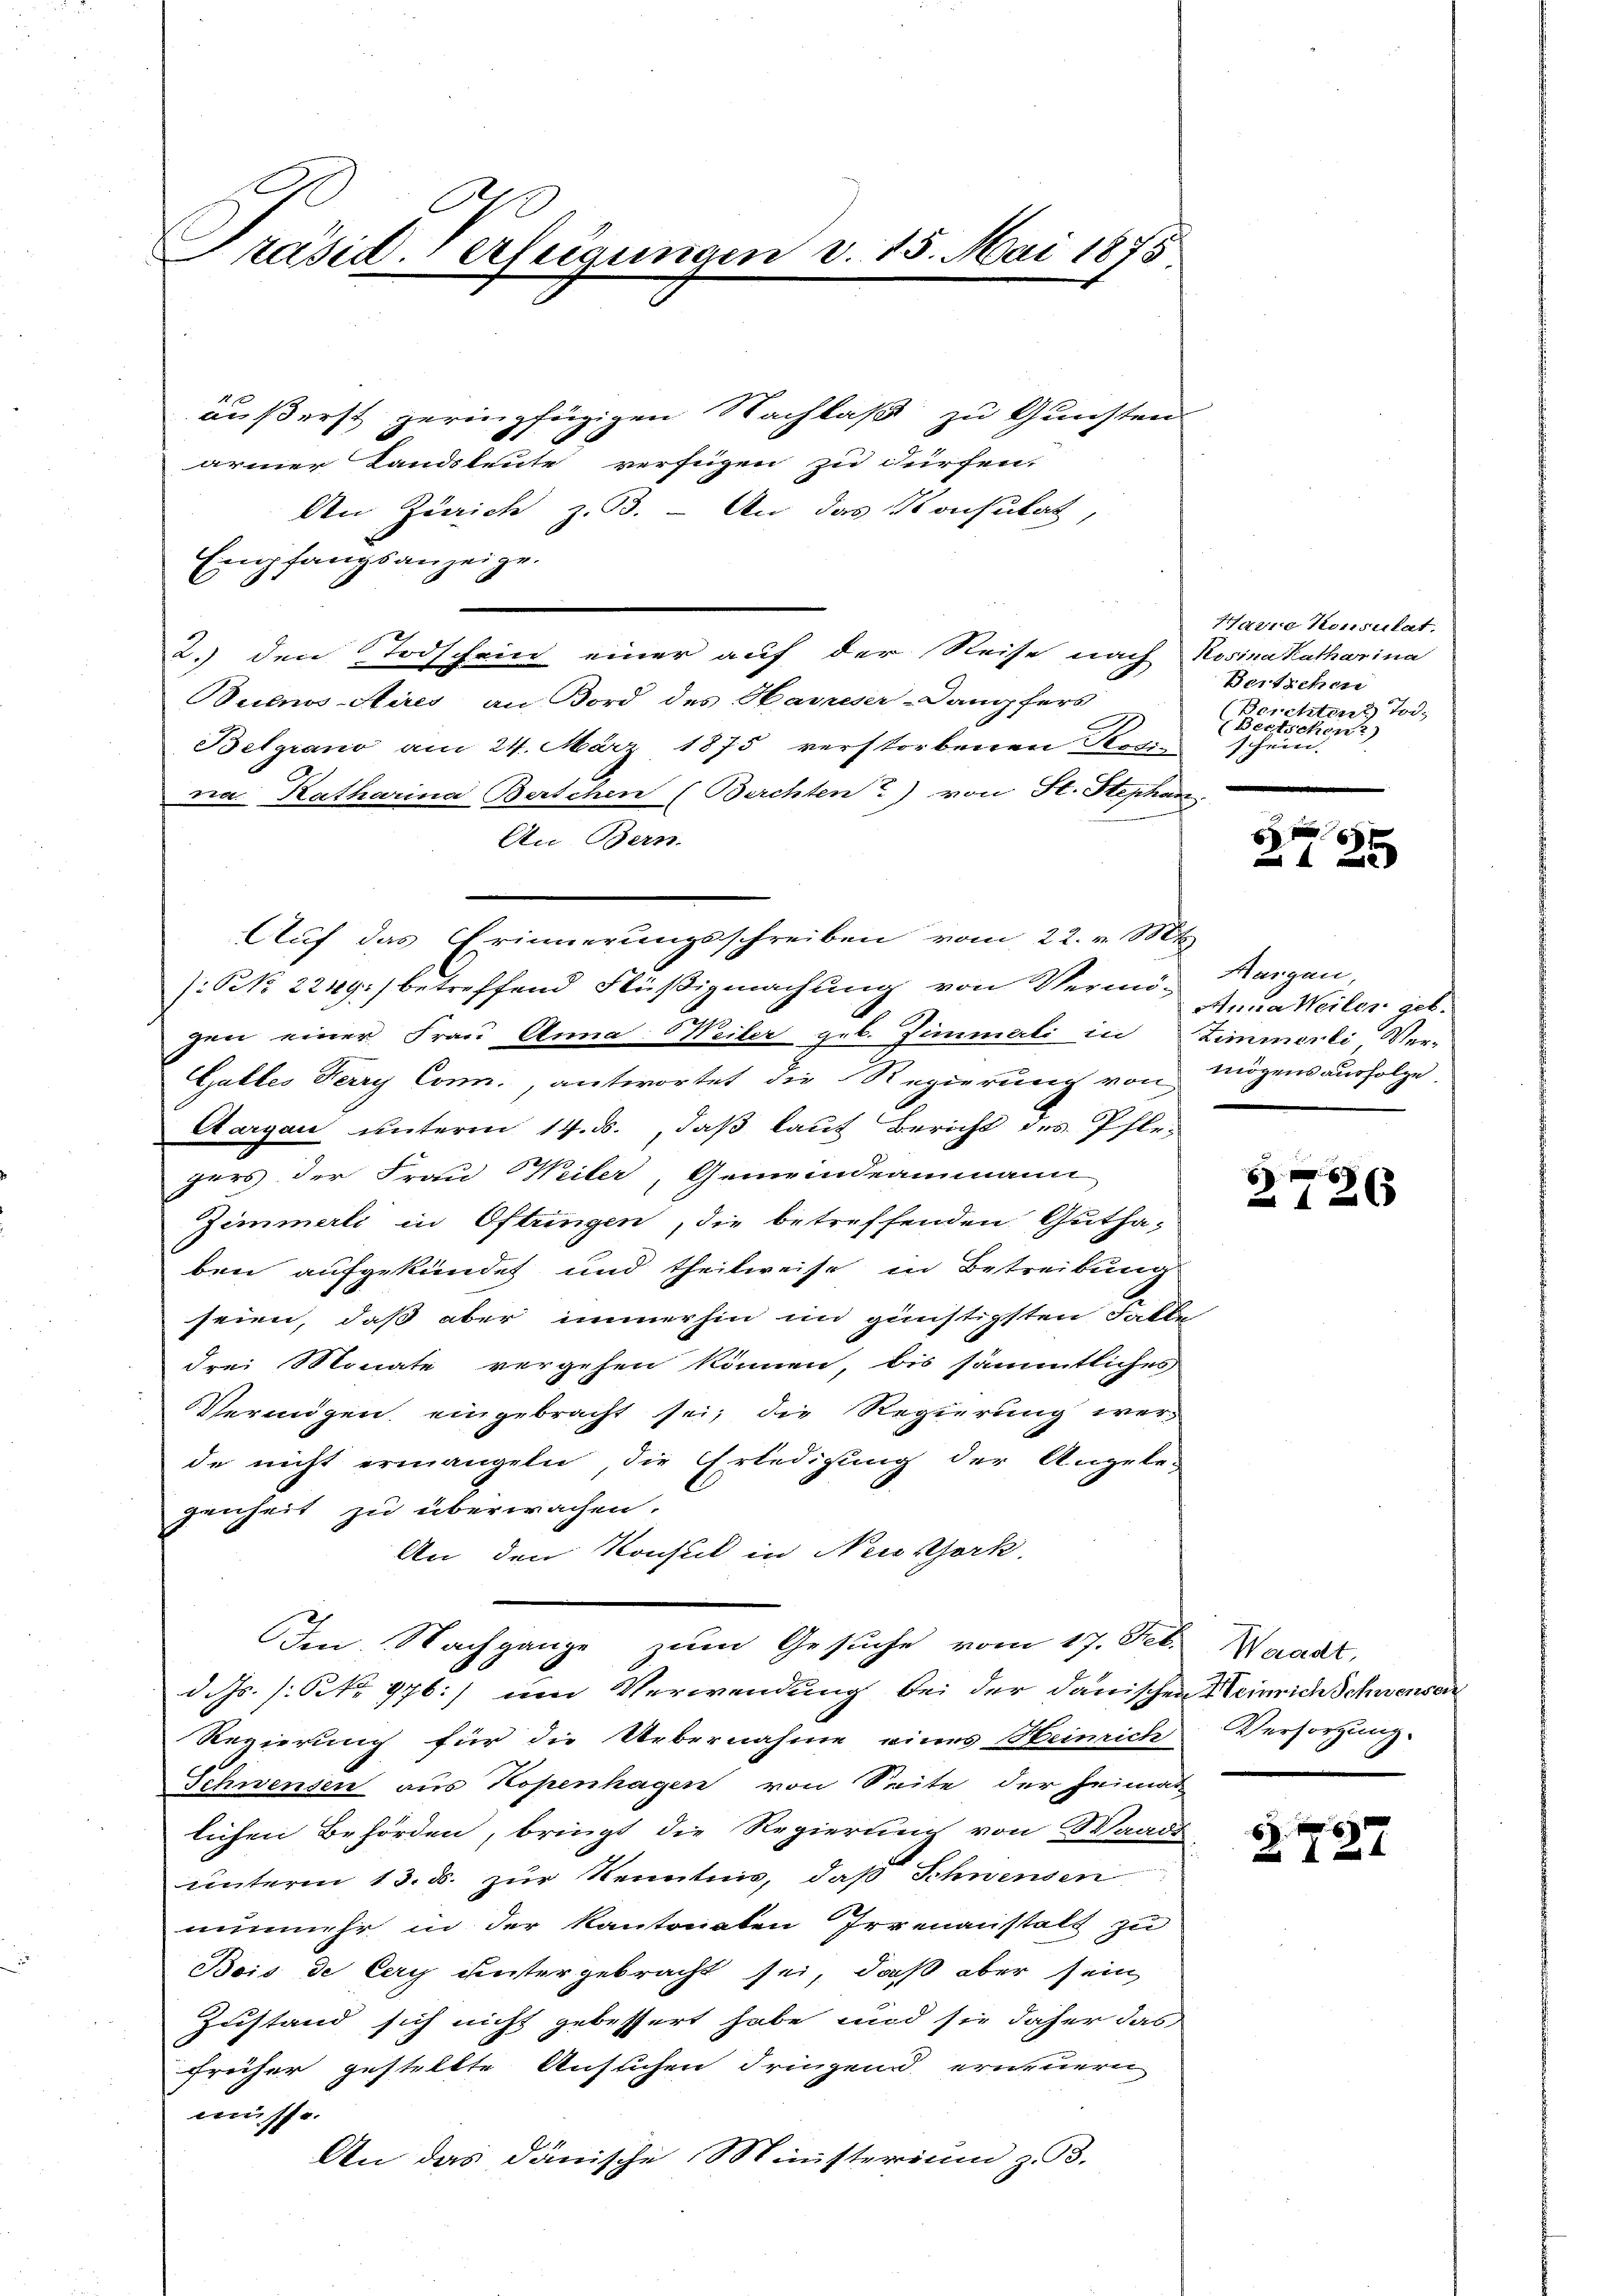
Präsid-Verfügungen v. 15. Mai 1875

äußerst geringfügigen Nachlaß zu Gunsten
armer Landsleute verfügen zu dürfen.
An Zürich z. 33. - An das Konsulat,
Empfangsanzeige.
2.) den Todschein einer auf der Reise nach Rosina Katharina
Buenos-Aires, an Bord des Haueser-Dampfers
Belgrano am 24. März 1875 verstorbenen Rosin schein.
na Katharina Berschen (Berchten ?) von St. Stephan
An Bern.
Auf das Erinnerungsschreiben vom 22. v. Mts
(: No 2249) betreffend Flüßigmachung von Vermö-Kargau,
gen einer Frau Anna Meiler geb. Zimmerli in
Galles Ferry Conn., antwortet die Regierung von mögensausfolge,
Aargau unterm 14. ds., daß laut Bericht des Pfle-
gers der Frau Weiler, Gemeindeammann
Zimmerli in Oftungen, die betreffenden Gutha-
ben aufgekündet und theilweise in Betreibung
seien, daß aber immerhin im günstigsten Falle
drei Monate vergehen können, bis sämmtliches
Vermögen eingebracht sei, die Regierung werde nicht ermangeln, die Erledigung der Angele-
genheit zu überwachen.
An den Konsul in Neusthork
Ien Nachgange zum Gesuche vom 17. Feb. Waadt,
d. Js. (: No 976.) um Verwendung bei der danischen Heinrich Schwenden
Regierung für die Uebernahme eines Heinrich Versorgung.
Schwensen aus Kopenhagen von Seite der Heimat
lichen Behörden, bringt die Regierung von Waadt
unterm 13. ds. zur Kenntnis, daß Schwenden
unmehr in der Kantonaten Irrenanstalt zu
Bois de Cery untergebracht sei, daß aber sein
Zustand sich nicht gebessert habe und sie daher das
früher gestellte Ansuchen dringend erneuern
müsse.
An das dänische Ministerium z. 93.

Harre Konsulat.
Bertschen
Berchten Tod.
(Bertschen?)

6
125

Anna Weilen geb.
Zimmerli Ver-

g
 126

6 x
Z 122